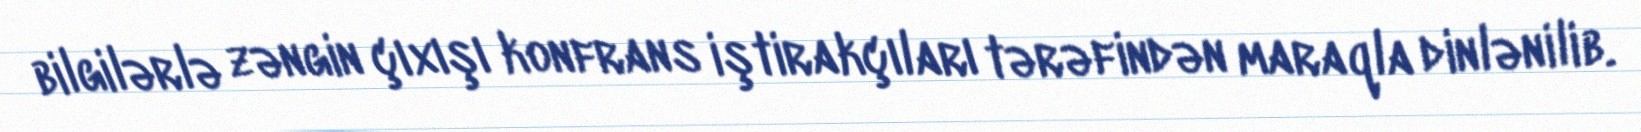
bilgilərlə zəngin çıxışı konfrans iştirakçıları tərəfindən maraqla dinlənilib.